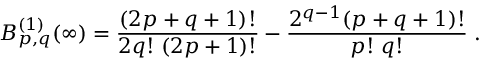
B _ { p , q } ^ { ( 1 ) } ( \infty ) = \frac { ( 2 p + q + 1 ) ! } { 2 q ! \; ( 2 p + 1 ) ! } - \frac { 2 ^ { q - 1 } ( p + q + 1 ) ! } { p ! \; q ! } \; .